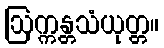
ဩက္ကန္တသံယုတ္တ။